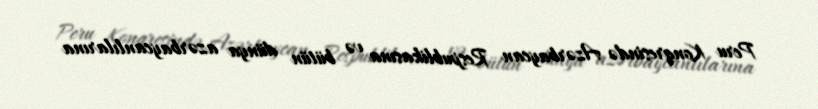
Peru Konqresində Azərbaycan Respublikasına və bütün dünya azərbaycanlılarına